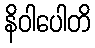
နိဝါပေါတိ